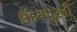
ઉદયપૂરની